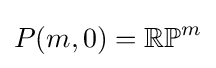
P(m,0)=\mathbb {RP} ^{m}